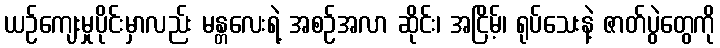
ယဉ်ကျေးမှုပိုင်းမှာလည်း မန္တလေးရဲ့ အစဉ်အလာ ဆိုင်း၊ အငြိမ့်၊ ရုပ်သေးနဲ့ ဇာတ်ပွဲတွေကို